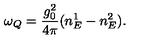
\omega _ { Q } = \frac { g _ { 0 } ^ { 2 } } { 4 \pi } ( n _ { E } ^ { 1 } - n _ { E } ^ { 2 } ) .